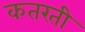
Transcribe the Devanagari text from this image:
कतरती